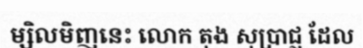
ម្សិលមិញនេះ លោក តុង សុប្រាជ្ញ ដែល